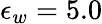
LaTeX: \epsilon_{w}=5.0